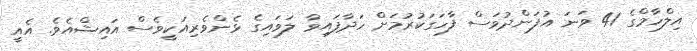
އިލްހާމްގެ 41 ވަނަ އުފަންދުވަސް ފާހަގަކުރުމަށް ހަދާފައިވާ ލަވައިގެ ޅެންވެރިއަކީވެސް އައިޝްއެވެ. އެއީ